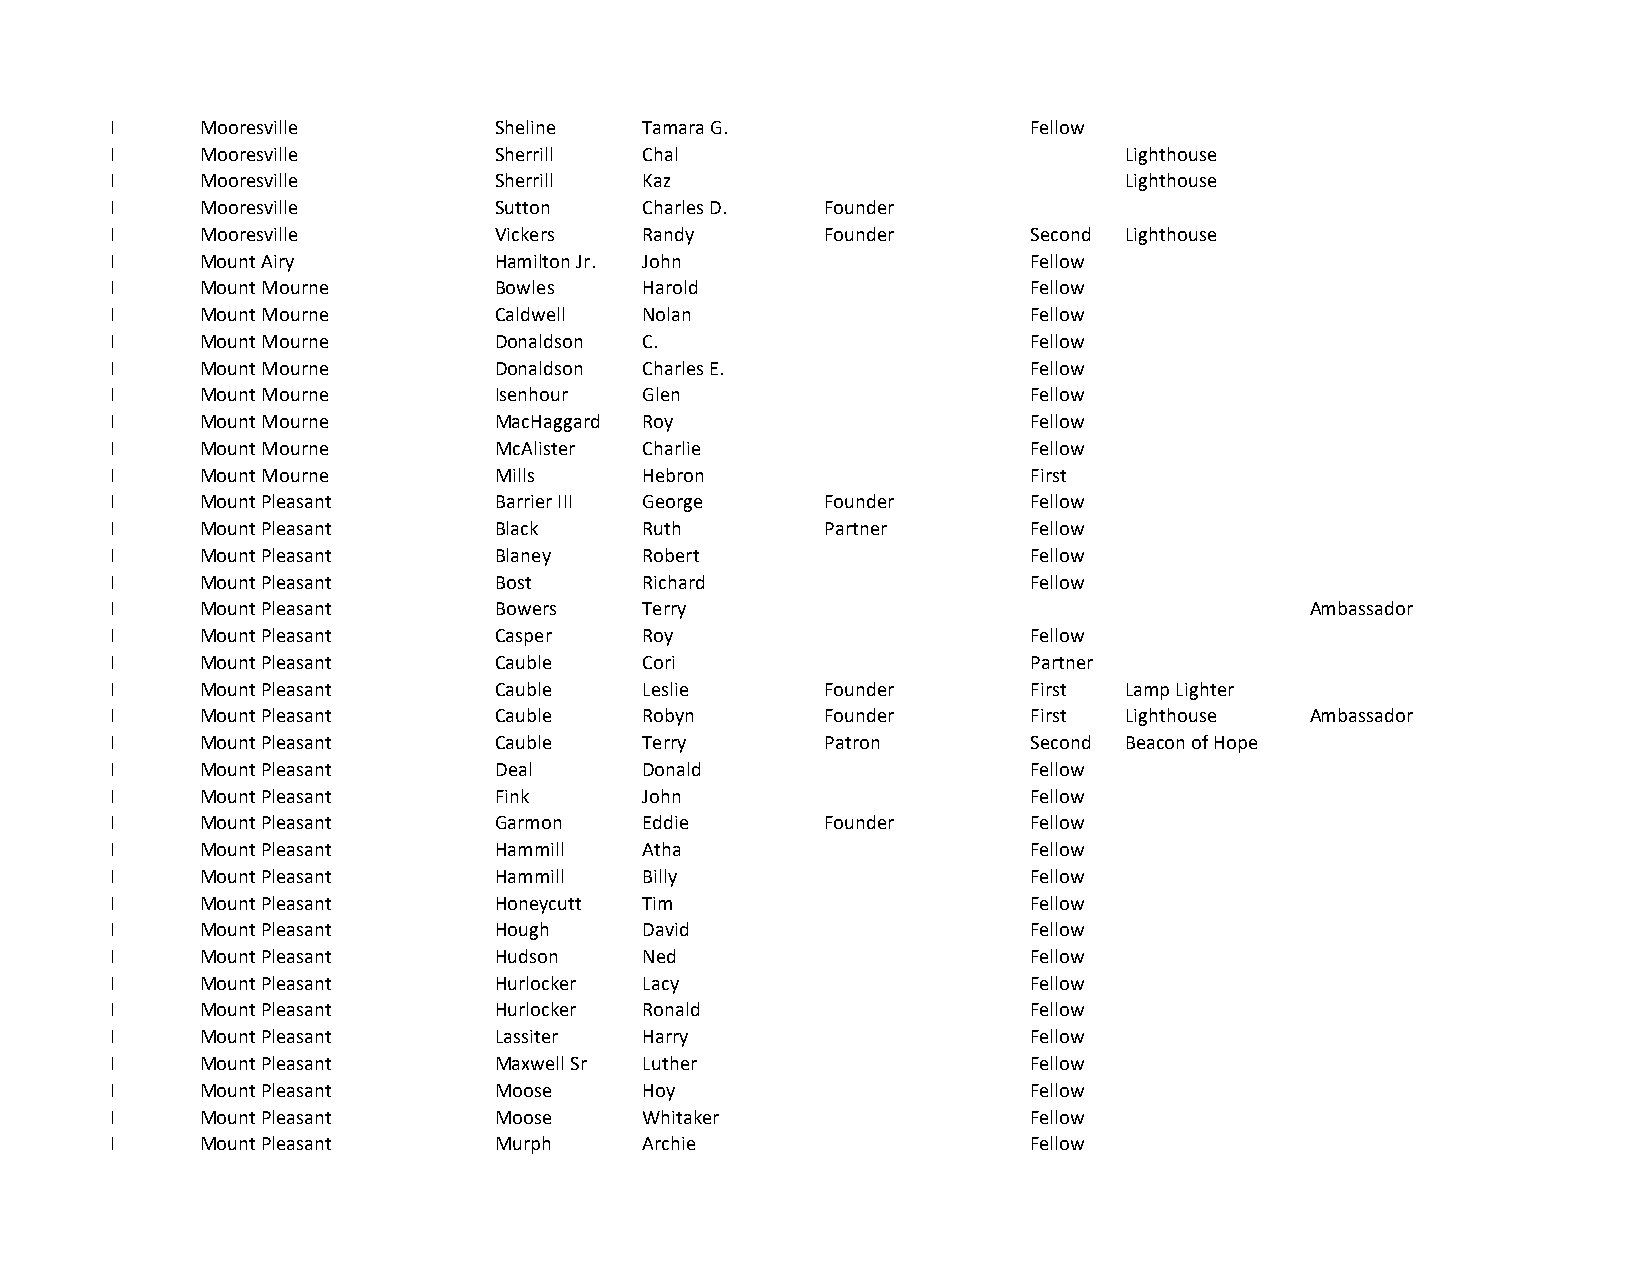
I     Mooresville         Sheline   Tamara G.                Fellow
 I     Mooresville         Sherrill  Chal                           Lighthouse
 I     Mooresville         Sherrill  Kaz                            Lighthouse
 I     Mooresville         Sutton    Charles D.  Founder
 I     Mooresville         Vickers   Randy       Founder      Second Lighthouse
 I     Mount Airy          Hamilton Jr. John                  Fellow
 I     Mount Mourne        Bowles    Harold                   Fellow
 I     Mount Mourne        Caldwell  Nolan                    Fellow
 I     Mount Mourne        Donaldson C.                       Fellow
 I     Mount Mourne        Donaldson Charles E.               Fellow
 I     Mount Mourne        Isenhour  Glen                     Fellow
 I     Mount Mourne        MacHaggard Roy                     Fellow
 I     Mount Mourne        McAlister Charlie                  Fellow
 I     Mount Mourne        Mills     Hebron                   First
 I     Mount Pleasant      Barrier III George    Founder      Fellow
 I     Mount Pleasant      Black     Ruth        Partner      Fellow
 I     Mount Pleasant      Blaney    Robert                   Fellow
 I     Mount Pleasant      Bost      Richard                  Fellow
 I     Mount Pleasant      Bowers    Terry                                       Ambassador
 I     Mount Pleasant      Casper    Roy                      Fellow
 I     Mount Pleasant      Cauble    Cori                     Partner
 I     Mount Pleasant      Cauble    Leslie      Founder      First Lamp Lighter
 I     Mount Pleasant      Cauble    Robyn       Founder      First Lighthouse   Ambassador
 I     Mount Pleasant      Cauble    Terry       Patron       Second Beacon of Hope
 I     Mount Pleasant      Deal      Donald                   Fellow
 I     Mount Pleasant      Fink      John                     Fellow
 I     Mount Pleasant      Garmon    Eddie       Founder      Fellow
 I     Mount Pleasant      Hammill   Atha                     Fellow
 I     Mount Pleasant      Hammill   Billy                    Fellow
 I     Mount Pleasant      Honeycutt Tim                      Fellow
 I     Mount Pleasant      Hough     David                    Fellow
 I     Mount Pleasant      Hudson    Ned                      Fellow
 I     Mount Pleasant      Hurlocker Lacy                     Fellow
 I     Mount Pleasant      Hurlocker Ronald                   Fellow
 I     Mount Pleasant      Lassiter  Harry                    Fellow
 I     Mount Pleasant      Maxwell Sr Luther                  Fellow
 I     Mount Pleasant      Moose     Hoy                      Fellow
 I     Mount Pleasant      Moose     Whitaker                 Fellow
 I     Mount Pleasant      Murph     Archie                   Fellow